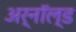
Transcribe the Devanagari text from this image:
अर्नॉल्ड